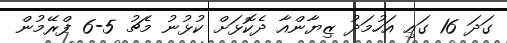
ގަދަ 16 ގައި އަހުމަދު ޒިޔާންއާ ދެކޮޅަށް ކުޅުނު މެޗު 5-6 ފްރޭމުން